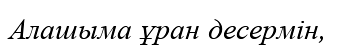
Алашыма ұран десермін,